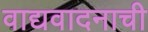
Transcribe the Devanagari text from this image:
वाद्यवादनाची